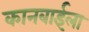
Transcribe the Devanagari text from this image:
कानबाईला